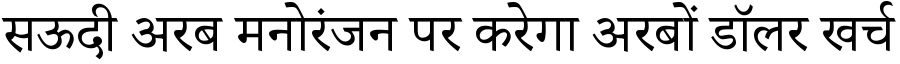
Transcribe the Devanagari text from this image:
सऊदी अरब मनोरंजन पर करेगा अरबों डॉलर खर्च